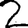
Digit: 2